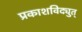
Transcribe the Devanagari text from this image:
प्रकाशविद्युत्‌